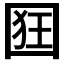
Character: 𭍢